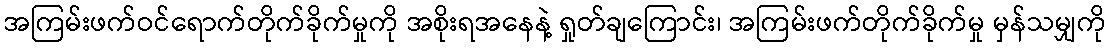
အကြမ်းဖက်ဝင်ရောက်တိုက်ခိုက်မှုကို အစိုးရအနေနဲ့ ရှုတ်ချကြောင်း၊ အကြမ်းဖက်တိုက်ခိုက်မှု မှန်သမျှကို